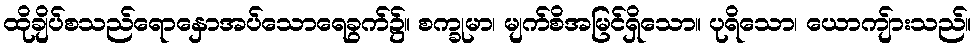
ထိုချိပ်စသည်ရောနှောအပ်သောရေခွက်၌။ စက္ခုမာ၊ မျက်စိအမြင်ရှိသော။ ပုရိသော၊ ယောကျ်ားသည်။